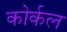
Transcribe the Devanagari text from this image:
कोर्कल